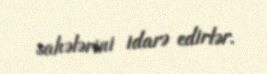
sahələrini idarə edirlər.